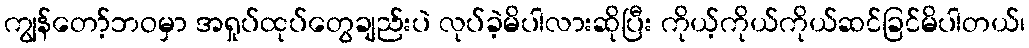
ကျွန်တော့်ဘဝမှာ အရှုပ်ထုပ်တွေချည်းပဲ လုပ်ခဲ့မိပါလားဆိုပြီး ကိုယ့်ကိုယ်ကိုယ်ဆင်ခြင်မိပါတယ်၊